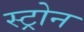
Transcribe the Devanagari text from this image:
स्ट्रोन